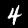
Label: 4